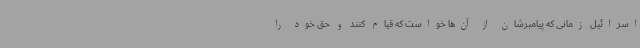
اسرائیل زمانی که پیامبرشان از آن‌ها خواست که قیام کنند و حق خود را